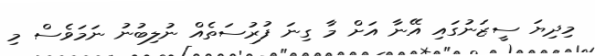
މިދިޔަ ސީޒަނުގައި އޭނާ އަށް މާ ގިނަ ފުުރުސަތެއް ނުލިބުނު ނަމަވެސް މި